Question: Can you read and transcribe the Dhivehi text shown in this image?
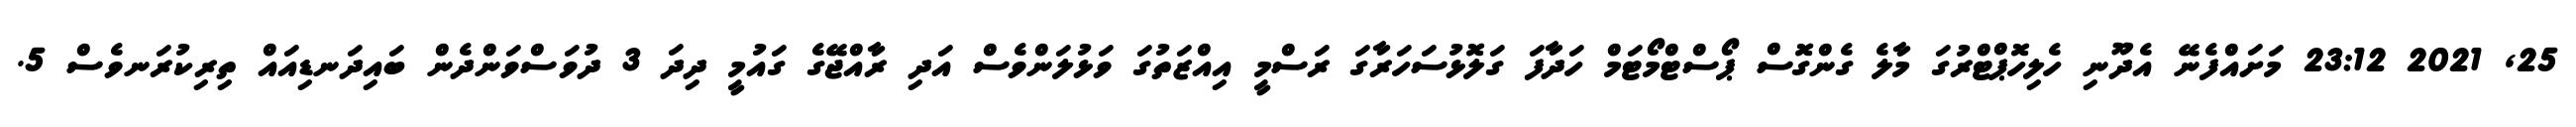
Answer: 25, 2021 23:12 މަށައްފެނޭ އެދޫނި ހެލިހޮޕްޓްރުގަ މާލެ ގެންގޮސް ޕޯސްޓްމޯޓަމް ހަދާފަ ގަލޮޅުސަހަރާގަ ރަސްމީ އިއްޒަތުގަ ވަޅުލަންވެސް އަދި ރާއްޖޭގެ ގައުމީ ދިދަ 3 ދުވަސްވަންދެން ބައިދަނޑިއައް ތިރިކުރަނވެސް 5.